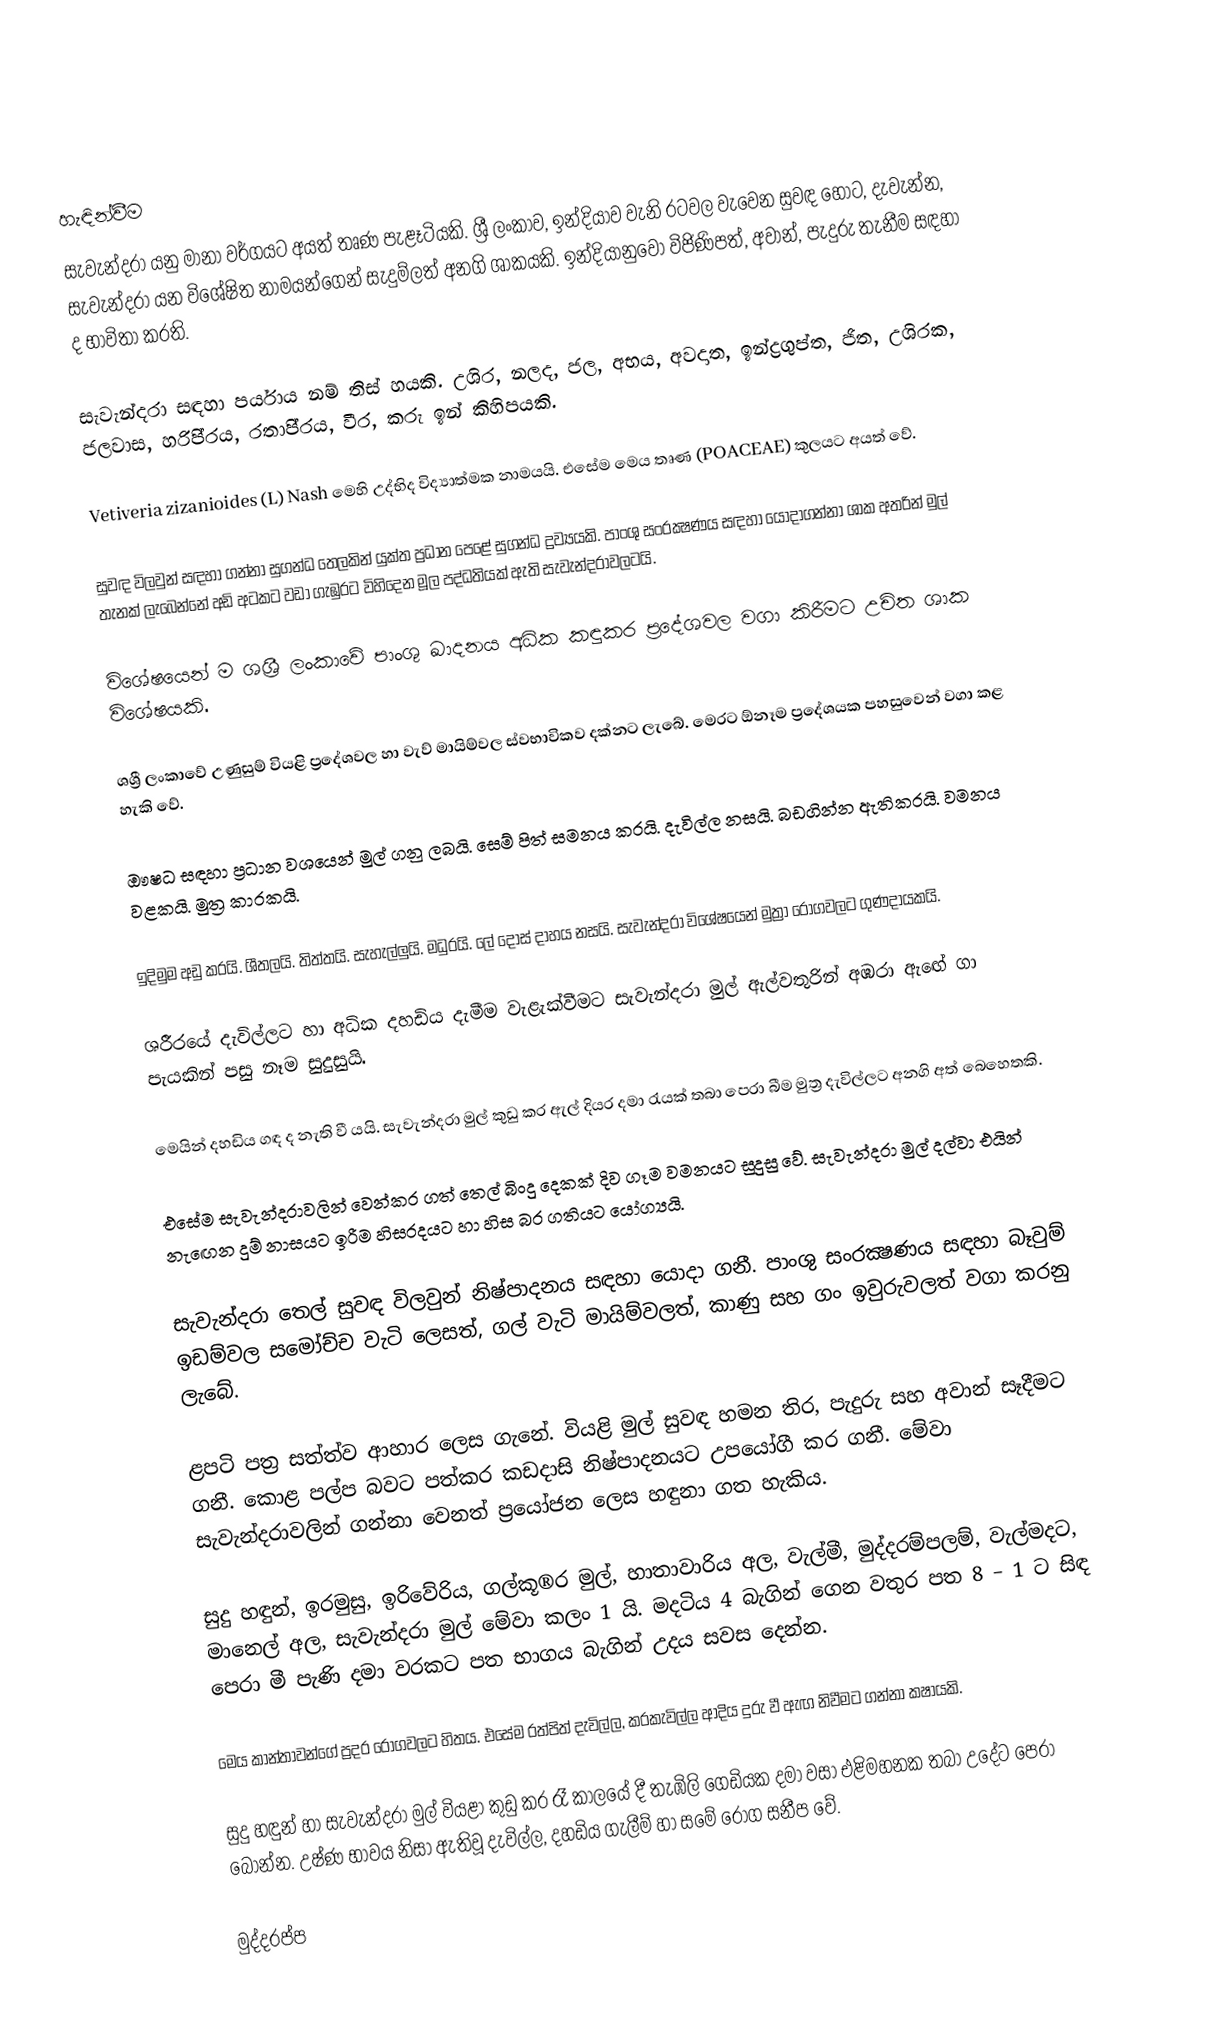

හැඳින්වීම
සැවැන්දරා යනු මානා වර්ගයට අයත් තෘණ පැළෑටියකි. ශ්‍රී ලංකාව, ඉන්දියාව වැනි රටවල වැවෙන සුවඳ හොට, දැවැන්න, සැවැන්දරා යන විශේෂිත නාමයන්ගෙන් සැදුම්ලත් අනගි ශාකයකි. ඉන්දියානුවෝ විජිණිපත්, අවාන්, පැදුරු තැනීම සඳහා ද භාවිතා කරති.

සැවැන්දරා සඳහා පර්යාය නම් තිස් හයකි. උශිර, නලද, ජල, අභය, අවදාත, ඉන්ද්‍රගුප්ත, ජිත, උශිරක, ජලවාස, හරිපි‍්‍රය, රතාපි‍්‍රය, වීර, කරු ඉන් කිහිපයකි.

Vetiveria zizanioides (L) Nash  මෙහි උද්භිද විද්‍යාත්මක නාමයයි. එසේම මෙය තෘණ (POACEAE) කුලයට අයත් වේ.

සුවඳ විලවුන් සඳහා ගන්නා සුගන්ධ තෙලකින් යුක්ත ප්‍රධාන පෙළේ සුගන්ධ ද්‍රව්‍යයකි. පාංශු සංරක්‍ෂණය සඳහා යොදාගන්නා ශාක අතරින් මුල් තැනක් ලැබෙන්නේ අඩි අටකට වඩා ගැඹුරට විහිදෙන මූල පද්ධතියක් ඇති සැවැන්දරාවලටයි.

විශේෂයෙන් ම ශශ්‍රී ලංකාවේ පාංශු ඛාදනය අධික කඳුකර ප්‍රදේශවල වගා කිරීමට උචිත ශාක විශේෂයකි.

ශශ්‍රී ලංකාවේ උණුසුම් වියළි ප්‍රදේශවල හා වැව් මායිම්වල ස්වභාවිකව දක්නට ලැබේ. මෙරට ඕනෑම ප්‍රදේශයක පහසුවෙන් වගා කළ හැකි වේ.

ඖෂධ සඳහා ප්‍රධාන වශයෙන් මුල් ගනු ලබයි. සෙම් පිත් සමනය කරයි. දැවිල්ල නසයි. බඩගින්න ඇතිකරයි. වමනය වළකයි. මුත්‍ර කාරකයි.

ඉදිමුම අඩු කරයි. ශීතලයි. තිත්තයි. සැහැල්ලුයි. මධුරයි. ලේ දොස් දාහය නසයි. සැවැන්දරා විශේෂයෙන් මුත්‍රා රෝගවලට ගුණදායකයි.

ශරීරයේ දැවිල්ලට හා අධික දහඩිය දැමීම වැළැක්වීමට සැවැන්දරා මුල් ඇල්වතුරින් අඹරා ඇඟේ ගා පැයකින් පසු නෑම සුදුසුයි.

මෙයින් දහඩිය ගඳ ද නැති වී යයි. සැවැන්දරා මුල් කුඩු කර ඇල් දියර දමා රැයක් තබා පෙරා බීම මුත්‍ර දැවිල්ලට අනගි අත් බෙහෙතකි.

එසේම සැවැන්දරාවලින් වෙන්කර ගත් තෙල් බිංදු දෙකක් දිව ගෑම වමනයට සුදුසු වේ. සැවැන්දරා මුල් දල්වා එයින් නැඟෙන දුම් නාසයට ඉරීම හිසරදයට හා හිස බර ගතියට යෝග්‍යයි.

සැවැන්දරා තෙල් සුවඳ විලවුන් නිෂ්පාදනය සඳහා යොදා ගනී. පාංශු සංරක්‍ෂණය සඳහා බෑවුම් ඉඩම්වල සමෝච්ච වැටි ලෙසත්, ගල් වැටි මායිම්වලත්, කාණු සහ ගං ඉවුරුවලත් වගා කරනු ලැබේ.

ළපටි පත්‍ර සත්ත්ව ආහාර ලෙස ගැනේ. වියළි මුල් සුවඳ හමන තිර, පැදුරු සහ අවාන් සෑදීමට ගනී. කොළ පල්ප බවට පත්කර කඩදාසි නිෂ්පාදනයට උපයෝගී කර ගනී. මේවා සැවැන්දරාවලින් ගන්නා වෙනත් ප්‍රයෝජන ලෙස හඳුනා ගත හැකිය.

සුදු හඳුන්, ඉරමුසු, ඉරිවේරිය, ගල්කූ®ර මුල්, හාතාවාරිය අල, වැල්මී, මුද්දරම්පලම්, වැල්මදට, මානෙල් අල, සැවැන්දරා මුල් මේවා කලං 1 යි. මදටිය 4 බැගින් ගෙන වතුර පත 8 – 1 ට සිඳ පෙරා මී පැණි දමා වරකට පත භාගය බැගින් උදය සවස දෙන්න.

මෙය කාන්තාවන්ගේ ප්‍රදර රෝගවලට හිතය. එසේම රත්පිත් දැවිල්ල, කරකැවිල්ල ආදිය දුරු වී ඇඟ නිවීමට ගන්නා කෂායකි.

සුදු හඳුන් හා සැවැන්දරා මුල් වියළා කුඩු කර රෑ කාලයේ දී තැඹිලි ගෙඩියක දමා වසා එළිමහනක තබා උදේට පෙරා බොන්න. උෂ්ණ භාවය නිසා ඇතිවූ දැවිල්ල, දහඩිය ගැලීම් හා සමේ රෝග සනීප වේ.

මුද්දරප්ප